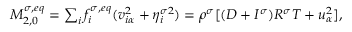
\begin{array} { r } { \begin{array} { r } { M _ { 2 , 0 } ^ { \sigma , e q } = \sum _ { i } f _ { i } ^ { \sigma , e q } ( v _ { i \alpha } ^ { 2 } + \eta _ { i } ^ { \sigma 2 } ) = \rho ^ { \sigma } [ ( D + I ^ { \sigma } ) R ^ { \sigma } T + u _ { \alpha } ^ { 2 } ] , } \end{array} } \end{array}